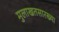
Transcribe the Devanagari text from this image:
मुलाखतसारख्या